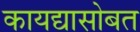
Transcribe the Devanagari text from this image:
कायद्यासोबत